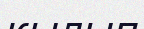
кылып